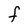
Character: f